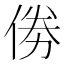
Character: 𠉮